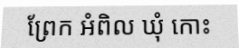
ព្រែក អំពិល ឃុំ កោះ